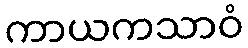
ကာယကသာဝံ